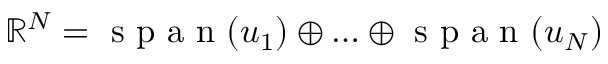
{ \mathbb { R } ^ { N } = \mathrm { ~ s ~ p ~ a ~ n ~ } ( u _ { 1 } ) \oplus \ldots \oplus \mathrm { ~ s ~ p ~ a ~ n ~ } ( u _ { N } ) }